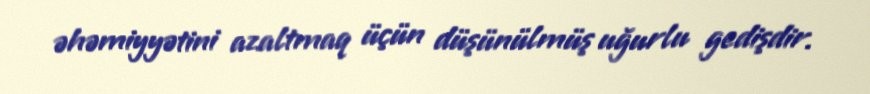
əhəmiyyətini azaltmaq üçün düşünülmüş uğurlu gedişdir.